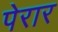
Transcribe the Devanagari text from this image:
पेरार